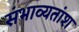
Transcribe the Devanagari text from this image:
संभाव्यतांश